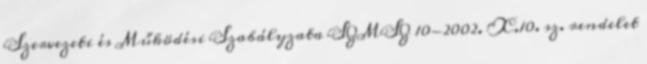
Szervezeti és Működési Szabályzata SZMSZ 10-2002. X.10. sz. rendelet